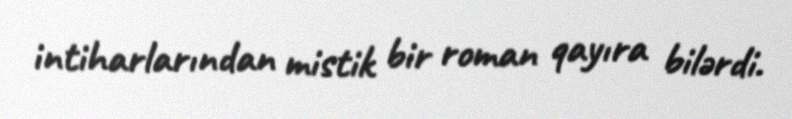
intiharlarından mistik bir roman qayıra bilərdi.